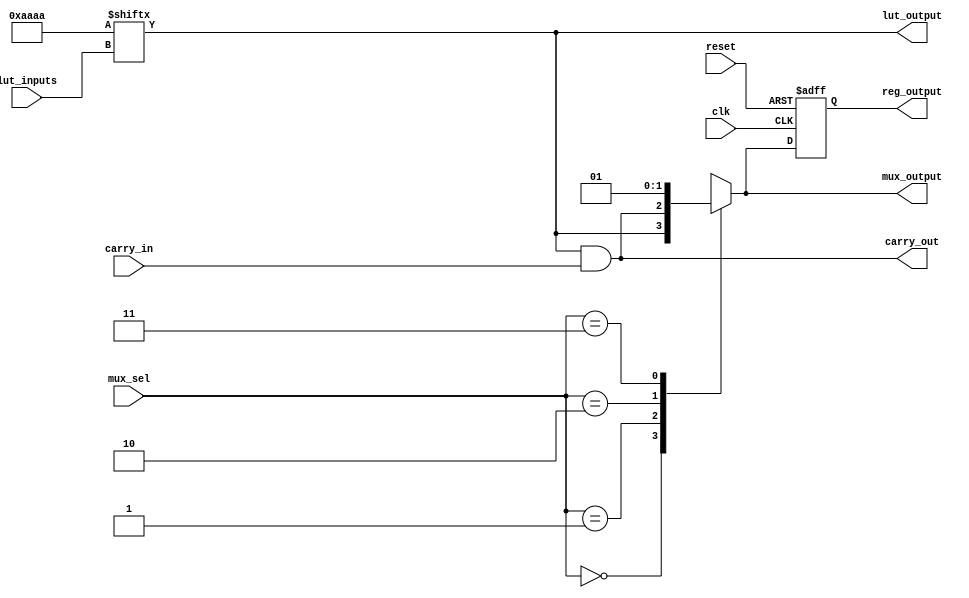
module CLB (
    input wire [3:0] lut_inputs, // 4 inputs for LUT
    input wire [1:0] mux_sel,     // 2-bit selector for MUX
    input wire clk,               // Clock for register
    input wire reset,             // Reset signal for register
    input wire carry_in,          // Carry input for carry chain
    output wire lut_output,       // Output from LUT
    output wire mux_output,       // Output from MUX
    output wire carry_out,        // Carry output for carry chain
    output reg reg_output         // Output from register
);

    // Configuration memory for LUT (4-input LUT)
    reg [15:0] lut_config; // 16 possible combinations for 4 inputs

    // LUT implementation
    always @(*) begin
        lut_output = lut_config[{lut_inputs[3], lut_inputs[2], lut_inputs[1], lut_inputs[0]}];
    end

    // MUX implementation
    always @(*) begin
        case (mux_sel)
            2'b00: mux_output = lut_output;             // Select LUT output
            2'b01: mux_output = carry_out;              // Select carry output
            2'b10: mux_output = 1'b0;                   // Select constant 0
            2'b11: mux_output = 1'b1;                   // Select constant 1
            default: mux_output = 1'b0;                 // Default case
        endcase
    end

    // Carry chain implementation
    assign carry_out = lut_output & carry_in; // Example carry logic (AND operation)

    // Register implementation
    always @(posedge clk or posedge reset) begin
        if (reset)
            reg_output <= 1'b0; // Reset output
        else
            reg_output <= mux_output; // Store MUX output in register
    end

    // Initialization of LUT configuration (example)
    initial begin
        // Example configuration for the LUT (truth table)
        lut_config = 16'b1010101010101010; // Example pattern for LUT
    end

endmodule